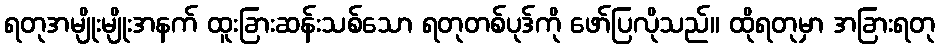
ရတုအမျိုးမျိုးအနက် ထူးခြားဆန်းသစ်သော ရတုတစ်ပုဒ်ကို ဖော်ပြလိုသည်။ ထိုရတုမှာ အခြားရတု